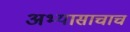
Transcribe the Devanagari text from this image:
अभ्यासाचाच